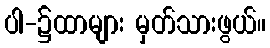
ပါ-၌ထာများ မှတ်သားဖွယ်။